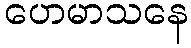
ဟေမာသနေ